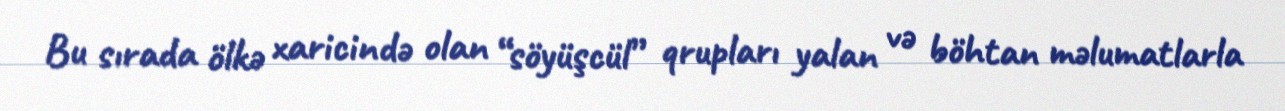
Bu sırada ölkə xaricində olan “söyüşcül” qrupları yalan və böhtan məlumatlarla